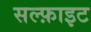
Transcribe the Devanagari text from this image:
सल्फ़ाइट